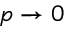
p \rightarrow 0